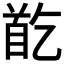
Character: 𩠓